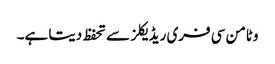
وٹامن سی فری ریڈیکلز سے تحفظ دیتا ہے۔